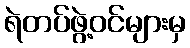
ရဲတပ်ဖွဲ့ဝင်များမှ